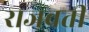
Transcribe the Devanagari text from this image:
राजवती